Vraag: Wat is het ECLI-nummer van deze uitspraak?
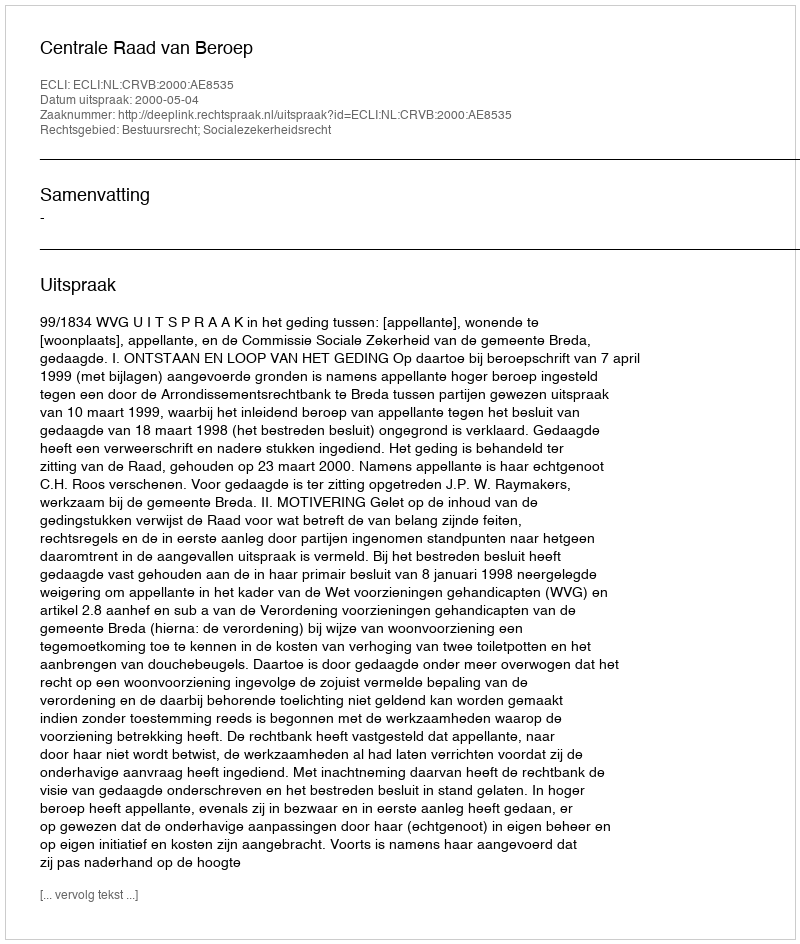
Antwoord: ECLI:NL:CRVB:2000:AE8535